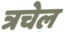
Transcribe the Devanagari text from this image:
त्रचेल